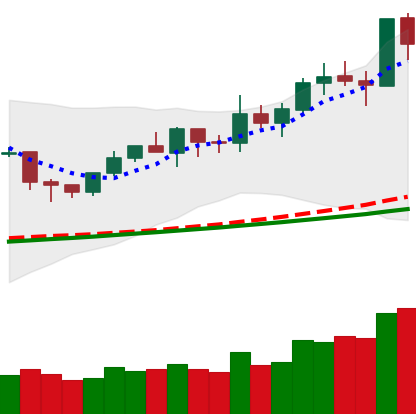
Ticker: NEO-USD
Chart end date: 2020-02-10
Forward return: 10.332%
Label: up_7plus